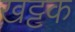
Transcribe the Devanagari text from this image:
खट्टक